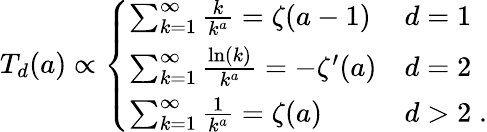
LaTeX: \begin{array}{r}{T_{d}(a)\propto\left\{ \begin{array}{ll}{\sum_{k=1}^{\infty}\frac{k}{k^{a}}=\zeta(a-1)}&{d=1}\\ {\sum_{k=1}^{\infty}\frac{\ln(k)}{k^{a}}=-\zeta^{\prime}(a)}&{d=2}\\ {\sum_{k=1}^{\infty}\frac{1}{k^{a}}=\zeta(a)}&{d>2\; .}\end{array}\right.}\end{array}